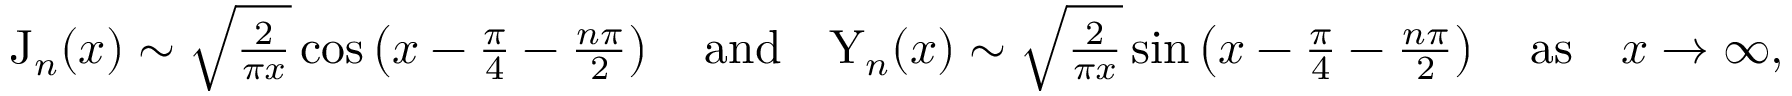
\begin{array} { r } { \mathrm { J } _ { n } ( x ) \sim \sqrt { \frac { 2 } { \pi x } } \cos \left( x - \frac { \pi } { 4 } - \frac { n \pi } { 2 } \right) \quad \mathrm { a n d } \quad \mathrm { Y } _ { n } ( x ) \sim \sqrt { \frac { 2 } { \pi x } } \sin \left( x - \frac { \pi } { 4 } - \frac { n \pi } { 2 } \right) \quad \mathrm { a s } \quad x \rightarrow \infty , } \end{array}